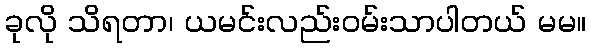
ခုလို သိရတာ၊ ယမင်းလည်းဝမ်းသာပါတယ် မမ။